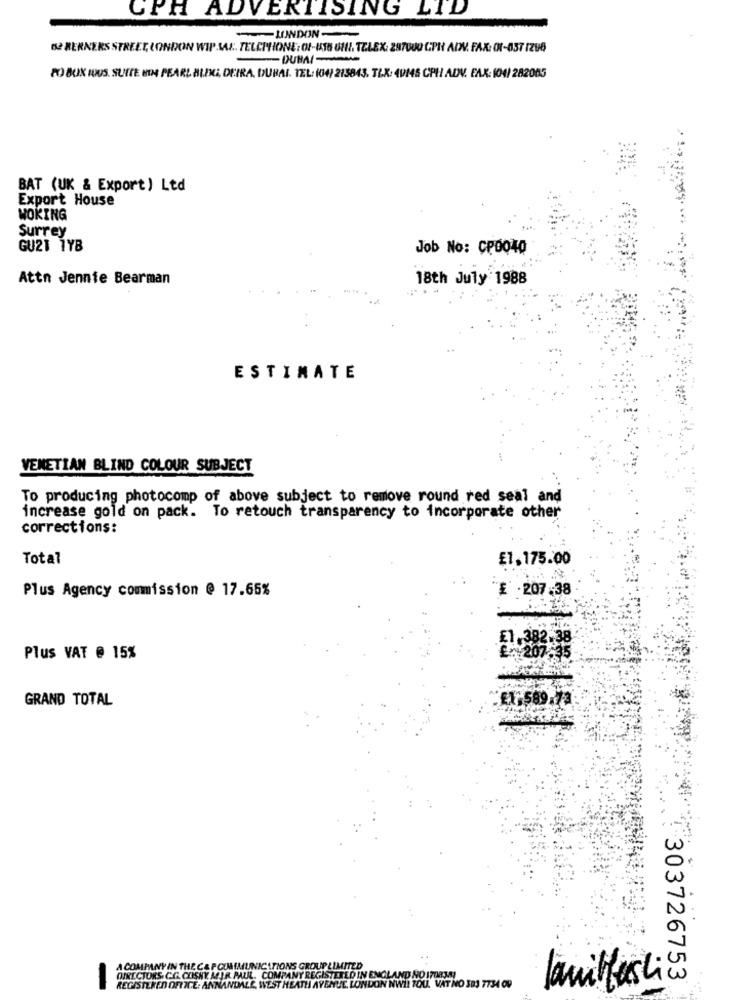
CPA ADVERTISING LTD
- LONDON -
62 BERNERS STREET, LONDON WIP MAI. TELEPHONE: OF-815 611. TELEX: 287000 CPH ADV. FAX: 01-057 /296
DUBAI -
PO BOX IOUS. SUITE HON PEARL BLOG, DEIRA, DUBAI. TEL: (04) 213843. TLX: 4VMS CPH ADV. FAX: (04/ 282065
BAT (UK & Export) Ltd
Export House
WOKING
Surrey
GU21 1YB
Job No: CP0040
Attn Jennie Bearman
18th July 1988
ESTIMATE
VENETIAN BLIND COLOUR SUBJECT
To producing photocomp of above subject to remove round red seal and
increase gold on pack. To retouch transparency to incorporate other
corrections:
Total
£1.175.00
Plus Agency commission @ 17.65%
£ .207.38
£1,382
Plus VAT @ 15%
GRAND TOTAL
£1:589.73
A COMPANY IN THE C& P COMMUNICATIONS GROUPLIMITED
GINECTORS. C.O. COSNY MEJR PAUL. COMPANY REGISTERED IN ENGLAND NO 170834!
lamitfarli
303726753
-
REGISTERED OFFICE: ANNANDALE, WEST HEATH AVENUE. LONDON NWI! TOU. VAT NO 383 7734 09